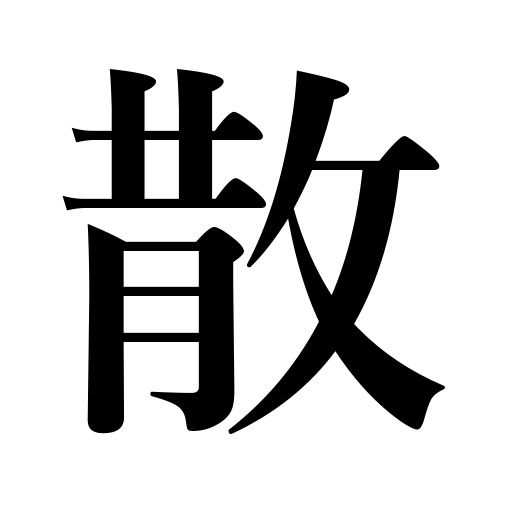
Meanings: fall,rout,run,be in disorder,chase away,blur,spend,leave untidy,be scattered,dissipate,rumor spreads,scatter around,disperse,distract attention,take down or loosen the hair,disarrange,be shed,spread,scatter,distribute handbills,dispel,lie scattered around,splash on a pattern,dissipate fog,squander